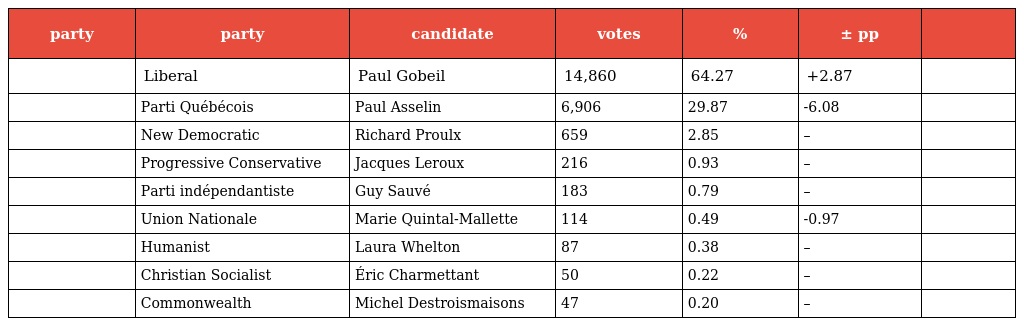
| party | party | candidate | votes | % | ± pp |  |
 | --- | --- | --- | --- | --- | --- | --- |
 |  | Liberal | Paul Gobeil | 14,860 | 64.27 | +2.87 |  |
 |  | Parti Québécois | Paul Asselin | 6,906 | 29.87 | -6.08 |  |
 |  | New Democratic | Richard Proulx | 659 | 2.85 | – |  |
 |  | Progressive Conservative | Jacques Leroux | 216 | 0.93 | – |  |
 |  | Parti indépendantiste | Guy Sauvé | 183 | 0.79 | – |  |
 |  | Union Nationale | Marie Quintal-Mallette | 114 | 0.49 | -0.97 |  |
 |  | Humanist | Laura Whelton | 87 | 0.38 | – |  |
 |  | Christian Socialist | Éric Charmettant | 50 | 0.22 | – |  |
 |  | Commonwealth | Michel Destroismaisons | 47 | 0.20 | – |  |